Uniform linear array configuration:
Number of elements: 32
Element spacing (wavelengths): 0.5
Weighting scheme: cosine
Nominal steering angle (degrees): -60
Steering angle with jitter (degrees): -59.455
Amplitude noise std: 0.05
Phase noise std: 0.05

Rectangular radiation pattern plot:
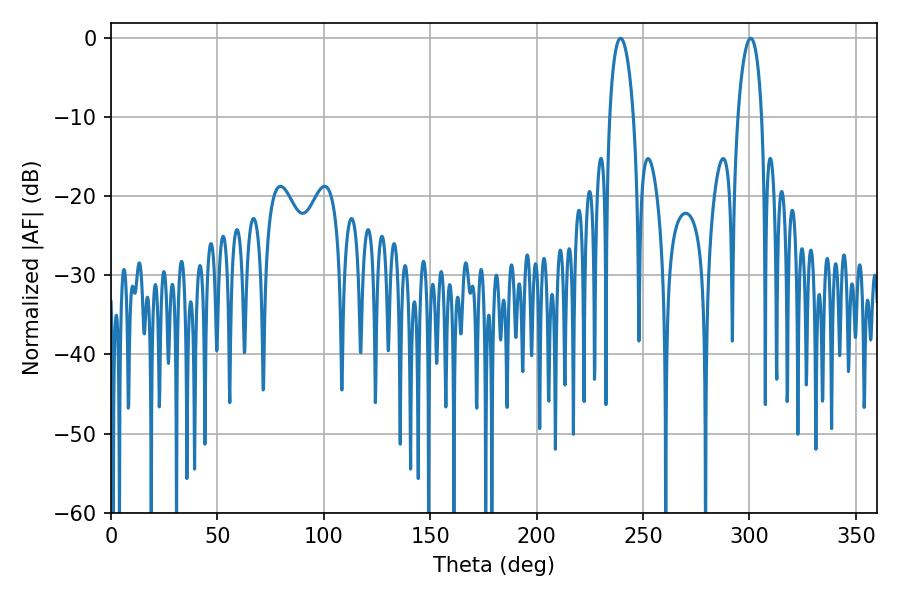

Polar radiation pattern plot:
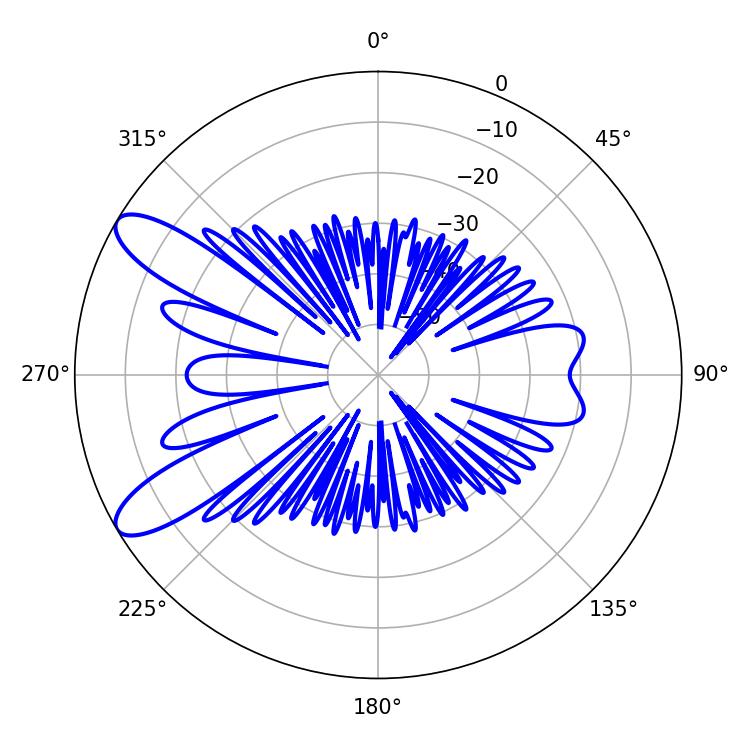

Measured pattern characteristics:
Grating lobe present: FALSE
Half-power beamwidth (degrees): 6.48
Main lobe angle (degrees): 239.4